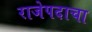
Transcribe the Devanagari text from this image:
राजेपदाचा